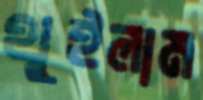
থুইলাম